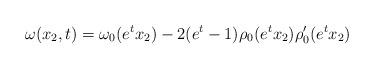
LaTeX: \begin{align*}\omega(x_2,t) = \omega_0(e^tx_2) - 2(e^t-1)\rho_0(e^tx_2)\rho_0'(e^tx_2)\end{align*}